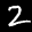
Label: 2